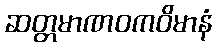
ဆတ္တမာဏဝကဝိမာနံ